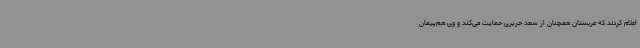
اعلام کردند که عربستان همچنان از سعد حریری حمایت می‌کند و وی هم‌پیمان